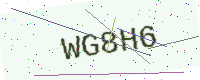
Text: WG8H6